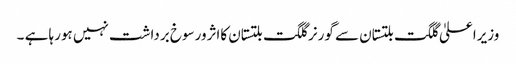
وزیراعلیٰ گلگت بلتستان سے گورنر گلگت بلتستان کااثرورسوخ برداشت نہیں ہورہا ہے ۔